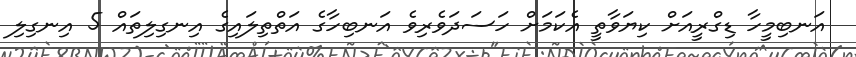
އަނބިމީހާ ޑިގްރީއަށް ކިޔަވާތީ އެކަމަށް ހަސަދަވެރިވެ އަނބިހާގެ އަތްތިލައިގެ އިނގިލިތައް 5 އިނގިލި